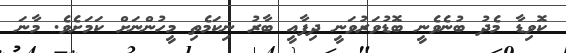
ކޮވިޑާ މެދު ބުނެވެނީ ބޮޑުވަރުވަނީ ދިފާއީ ބާރު ނިކަމެތި މީހުންނަށް ކަމަށެވެ. މާނަ